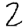
Digit: 2